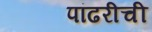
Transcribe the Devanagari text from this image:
पांढरीची